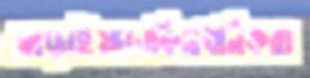
আড়াইয়াঢাকিওধনিকরা